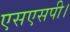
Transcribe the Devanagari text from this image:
एसएसपी।